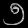
Digit: ၅